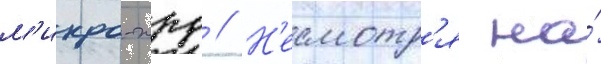
м'икро-жрд // Н'есмотр'я на́